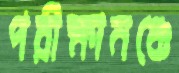
পরীক্ষামঞ্চে